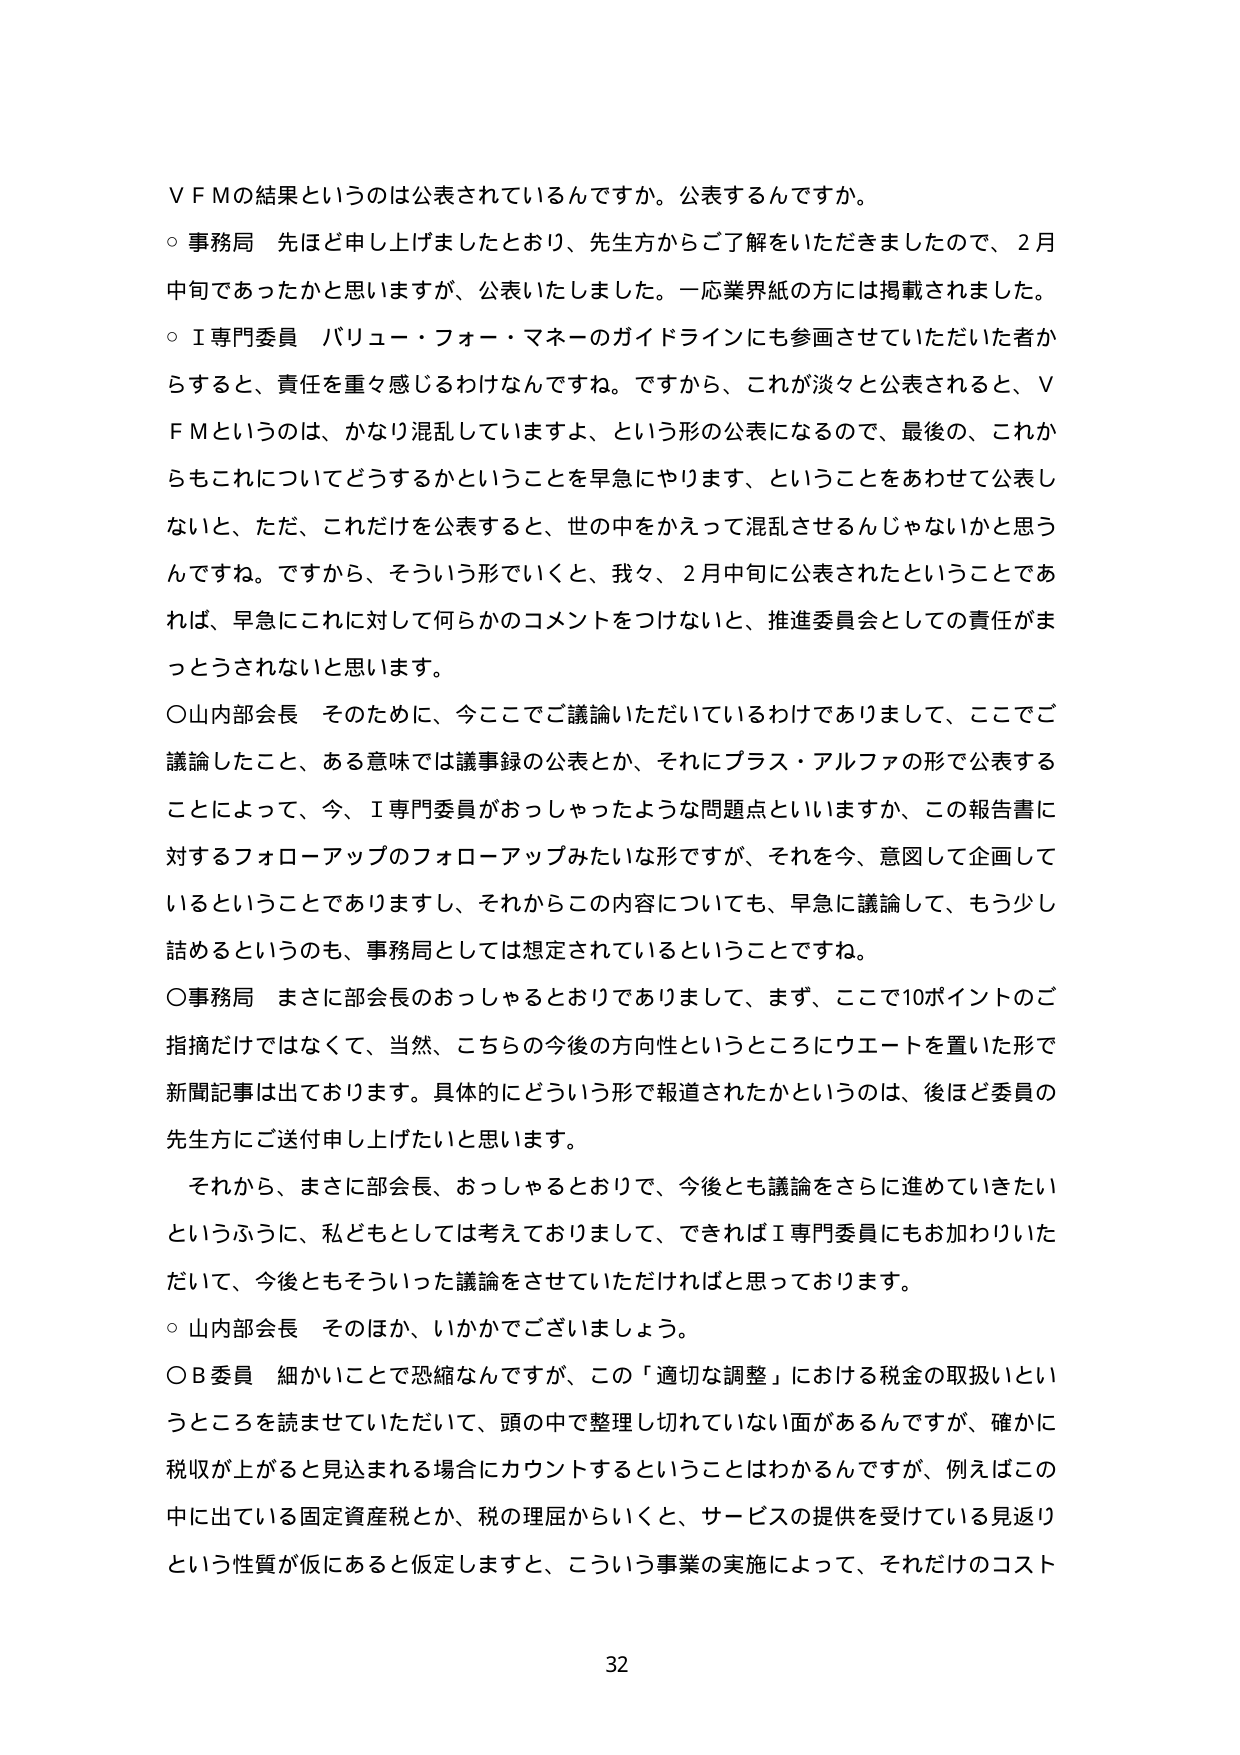
ＶＦＭの結果というのは公表されているんですか。公表するんですか。

○事務局　先ほど申し上げましたとおり、先生方からご了解をいただきましたので、２月中旬であったかと思いますが、公表いたしました。一応業界紙の方には掲載されました。

○Ｉ専門委員　バリュー・フォー・マネーのガイドラインにも参画させていただいた者からすると、責任を重々感じるわけなんですネ。ですから、これが淡々と公表されると、ＶＦＭというのは、かなり混乱していますよ、という形の公表になるので、最後の、これからもこれについてどうするかということを早急にやります、ということをあわせて公表しないと、ただ、これだけを公表すると、世の中をかえって混乱させるんじゃないかと思うんですね。ですから、そういう形でいくと、我々、２月中旬に公表されたということであれば、早急にこれに対して何らかのコメントをつけないと、推進委員会としての責任がまっとうされないと思います。

○山内部会長　そのために、今ここでご議論いただいているわけでありまして、ここでご議論したこと、ある意味では議事録の公表とか、それにプラス・アルファの形で公表することによって、今、Ｉ専門委員がおっしゃったような問題点といいますか、この報告書に対するフォローアップのフォローアップみたいな形ですが、それを今、意図して企画しているということでありまして、それからこの内容についても、早急に議論して、もう少し詰めるというのも、事務局としては想定されているということですね。

○事務局　まさに部会長のおっしゃるとおりでありまして、まず、ここで10ポイントのご指摘だけではなくて、当然、こちらの今後の方向性というところにウエートを置いた形で新聞記事は出ております。具体的にどういう形で報道されたかというのは、後ほど委員の先生方にご送付申し上げたいと思います。

　それから、まさに部会長、おっしゃるとおりで、今後とも議論をさらに進めていきたいというふうに、私どもとしては考えておりまして、できればＩ専門委員にもお加わりいただいて、今後ともそういった議論をさせていただければと思っております。

○山内部会長　そのほか、いかがでございましょう。

○Ｂ委員　細かいことで恐縮なんですが、この「適切な調整」における税金の取扱いというところを読ませていただいて、頭の中で整理し切れていない面があるんですが、確かに税収が上がると見込まれる場合にカウントすることはわかるんですが、例えばこの中に出ていている固定資産税とか、税の理屈からいくと、サービスの提供を受けている見返りという性質が仮にあると仮定しますと、こういう事業の実施によって、それだけのコスト

32